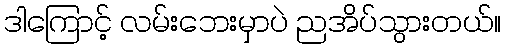
ဒါကြောင့် လမ်းဘေးမှာပဲ ညအိပ်သွားတယ်။